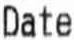
DATE